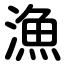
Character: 漁